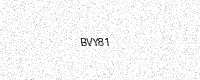
Text: BVY81